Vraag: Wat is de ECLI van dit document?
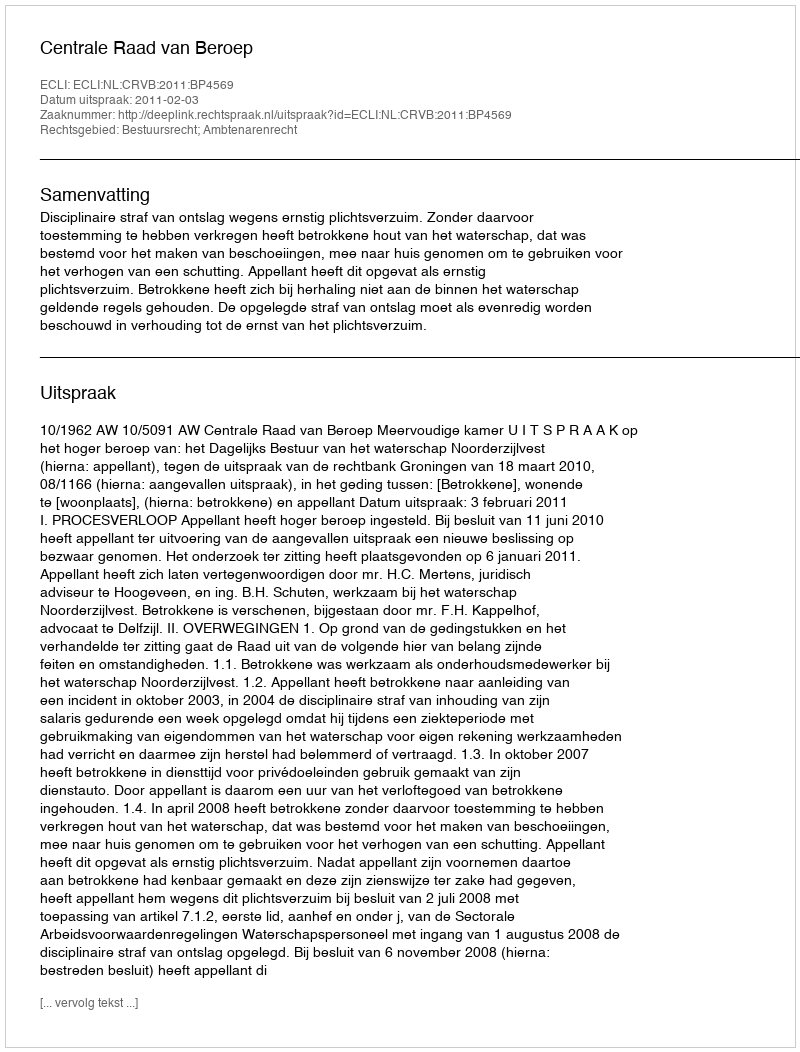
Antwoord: ECLI:NL:CRVB:2011:BP4569